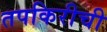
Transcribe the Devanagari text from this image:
तपकिरीची